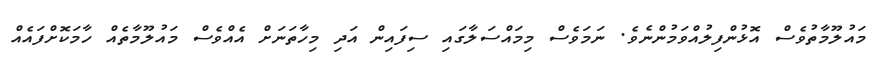
މައުލޫމާތުވެސް އޮޅުންފިލުއްވަމުންނެވެ. ނަމަވެސް މިމައްސަލާގައި ސިފައިން އަދި މިހާތަނަށް އެއްވެސް މައުލޫމާތެއް ހާމަކޮށްފައެއް